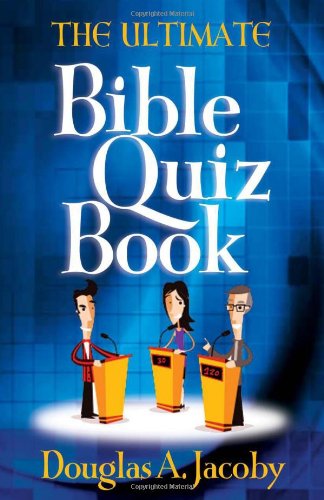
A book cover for The Ultimate Bible Quiz Book; Douglas A. Jacoby; Humor & Entertainment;